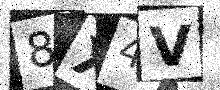
Text: 8X4V